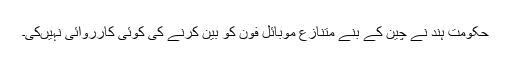
حکومت ہند نے چین کے بنے متنازع موبائل فون کو بین کرنے کی کوئی کارروائی نہیںکی۔